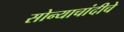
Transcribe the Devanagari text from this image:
सोन्याचांदीचे